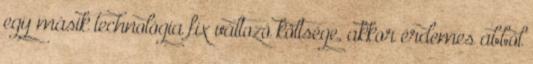
egy másik technológia fix változó költsége, akkor érdemes abból